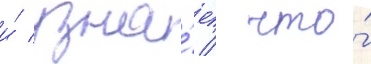
и́ узна́ет / что́